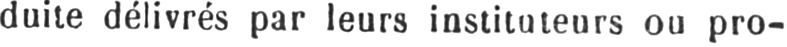
duite délivrés par leurs instituteurs ou pro-